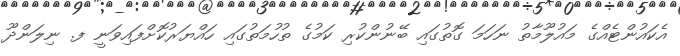
އެކައުންޓެއްގެ މައުލޫމާތު ނަހަމަ ގޮތުގައި ބޭނުންކުރި ކަމުގެ ތުހުމަތުގައި ހައްޔަރުކޮށްފައިވަނީ ފ. ނިލަންދޫ